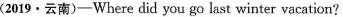
(2019·云南)-Where did you go last winter vacation?